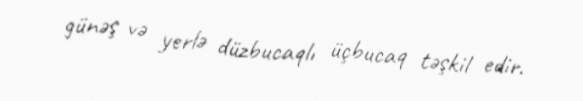
günəş və yerlə düzbucaqlı üçbucaq təşkil edir.